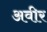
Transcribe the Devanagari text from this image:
अवीर